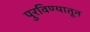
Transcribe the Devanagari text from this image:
पुरविण्यातून